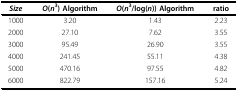
<table><thead><tr><td><b><i>Size</i></b></td><td><b><i>O</i>(<i>n</i><sup>3</sup>) Algorithm</b></td><td><b><i>O</i>(<i>n</i><sup>3</sup>/log(<i>n</i>)) Algorithm</b></td><td><b>ratio</b></td></tr></thead><tbody><tr><td>1000</td><td>3.20</td><td>1.43</td><td>2.23</td></tr><tr><td>2000</td><td>27.10</td><td>7.62</td><td>3.55</td></tr><tr><td>3000</td><td>95.49</td><td>26.90</td><td>3.55</td></tr><tr><td>4000</td><td>241.45</td><td>55.11</td><td>4.38</td></tr><tr><td>5000</td><td>470.16</td><td>97.55</td><td>4.82</td></tr><tr><td>6000</td><td>822.79</td><td>157.16</td><td>5.24</td></tr></tbody></table>